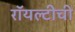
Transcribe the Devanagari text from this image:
रॉयल्टीची